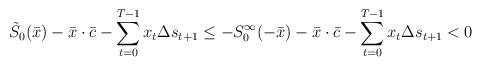
LaTeX: \begin{align*} \tilde S_0(\bar x) - \bar x\cdot \bar c - \sum_{t=0}^{T-1} x_t\Delta s_{t+1} \le -S_0^\infty(-\bar x) - \bar x\cdot \bar c - \sum_{t=0}^{T-1} x_t\Delta s_{t+1}<0\end{align*}